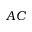
A C